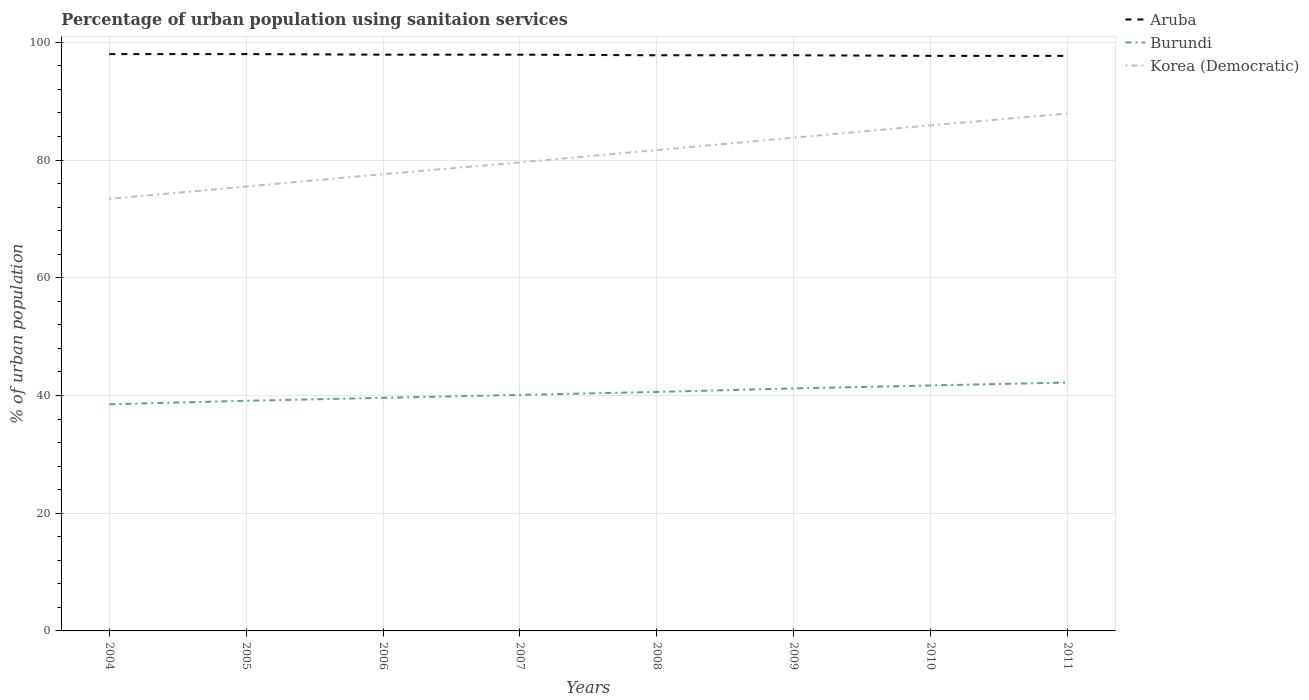
| Years | Aruba | Burundi | Korea (Democratic) |
 | --- | --- | --- | --- |
 | 2004 | 98 | 38.5 | 73.4 |
 | 2005 | 98 | 39.1 | 75.5 |
 | 2006 | 97.9 | 39.6 | 77.6 |
 | 2007 | 97.9 | 40.1 | 79.6 |
 | 2008 | 97.8 | 40.6 | 81.7 |
 | 2009 | 97.8 | 41.2 | 83.8 |
 | 2010 | 97.7 | 41.7 | 85.9 |
 | 2011 | 97.7 | 42.2 | 87.9 |